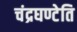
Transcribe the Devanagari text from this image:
चंद्रघण्टेति